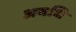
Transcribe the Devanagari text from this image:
अवधि